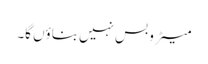
میٹرو بس نہیں بناؤں گا۔